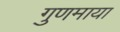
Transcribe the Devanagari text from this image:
गुणमाया